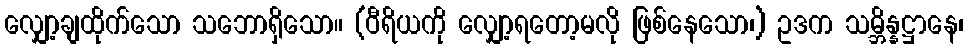
လျှော့ချထိုက်သော သဘောရှိသော။ (ဝီရိယကို လျှော့ရတော့မလို ဖြစ်နေသော၊) ဥဒက သမ္ဘိန္နဋ္ဌာနေ၊